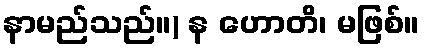
နာမည်သည်။) န ဟောတိ၊ မဖြစ်။